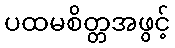
ပထမစိတ္တအဖွင့်